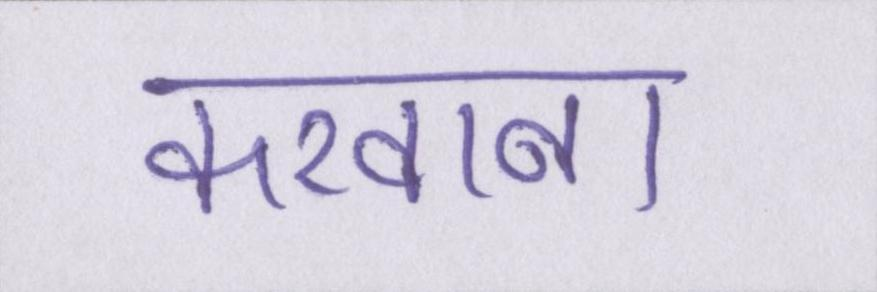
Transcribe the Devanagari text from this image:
करवाना